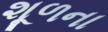
શૂળના